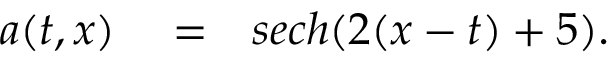
\begin{array} { r l r } { a ( t , x ) } & { { } = } & { s e c h ( 2 ( x - t ) + 5 ) . } \end{array}